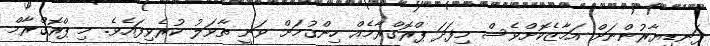
ފަނޑިޔާރުންނަށް އަމާޒެކޮށްވެސް މިފަދަ ޕްރޮގްރާމެއް ހިންގުމަށް ވަނީ ތާވަލު ކުރެވިފައެވެ. މި ޕްރޮގްރާމް